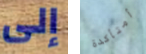
إلى أمتأكدة